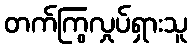
တက်ကြွလှုပ်ရှားသူ